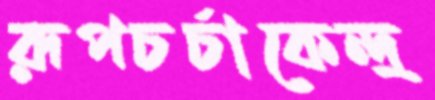
রূপচর্চাকেন্দ্র